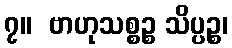
၇။  ဗာဟုသစ္စဉ္စ သိပ္ပဉ္စ၊